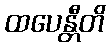
ထပေန္တီတိ